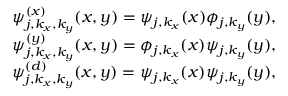
\begin{array} { r } { \psi _ { j , k _ { x } , k _ { y } } ^ { ( x ) } ( x , y ) = \psi _ { j , k _ { x } } ( x ) \phi _ { j , k _ { y } } ( y ) , } \\ { \psi _ { j , k _ { x } , k _ { y } } ^ { ( y ) } ( x , y ) = \phi _ { j , k _ { x } } ( x ) \psi _ { j , k _ { y } } ( y ) , } \\ { \psi _ { j , k _ { x } , k _ { y } } ^ { ( d ) } ( x , y ) = \psi _ { j , k _ { x } } ( x ) \psi _ { j , k _ { y } } ( y ) , } \end{array}